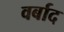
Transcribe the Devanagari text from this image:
वर्बाद